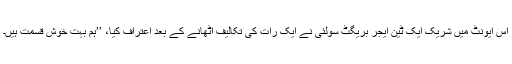
اس ایونٹ میں شریک ایک ٹین ایجر بریگِٹ سولئی نے ایک رات کی تکالیف اٹھانے کے بعد اعتراف کیا، ’’ہم بہت خوش قسمت ہیں۔